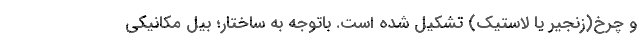
و چرخ(زنجیر یا لاستیک) تشکیل شده است. باتوجه به ساختار؛ بیل مکانیکی